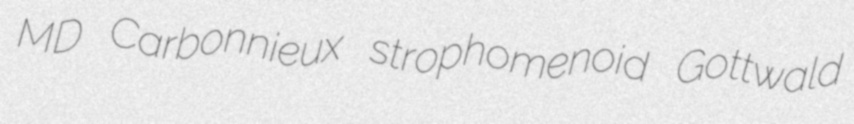
MD Carbonnieux strophomenoid Gottwald